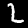
Label: 2